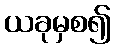
ယခုမှစ၍